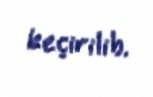
keçirilib.